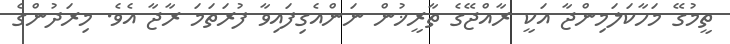
ތީމުގޭ މަހާކަލަމިންޖާ އަކީ ރާއްޖޭގެ ތާރީޚުން ނަންއެގިފައިވާ ފުރަތަމަ ރާޖާ އެވެ. މިރަދުންގެ